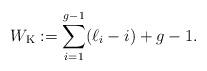
LaTeX: \begin{align*}W_{\rm K}:= \sum_{i=1}^{g-1} (\ell_i-i) +g-1.\end{align*}